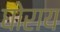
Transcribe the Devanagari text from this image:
घोराय